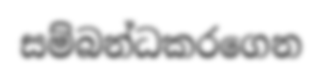
සම්බන්ධකරගෙන